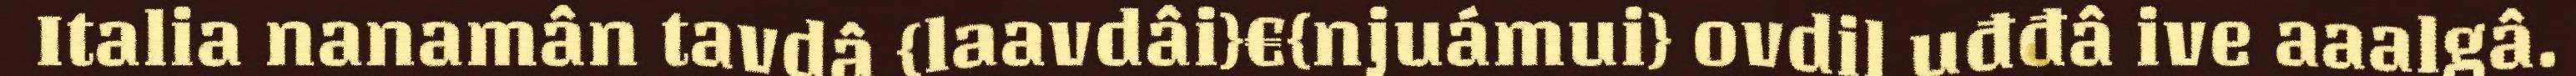
Italia nanamân tavdâ {laavdâi}€{njuámui} ovdil uđđâ ive aaalgâ.